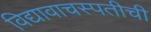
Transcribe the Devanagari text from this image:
विद्यावाचस्पतीची